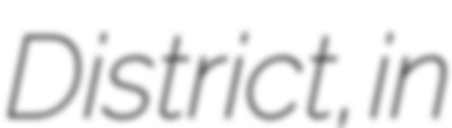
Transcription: District, in